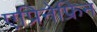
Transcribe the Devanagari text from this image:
एप्रिनेफ्रिन